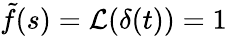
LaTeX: \tilde{f}(s)={\cal L}(\delta(t))=1